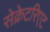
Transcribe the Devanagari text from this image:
सेक्रेटरिएट